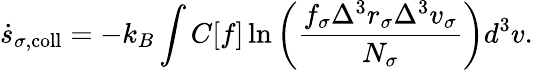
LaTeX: \dot{s}_{\sigma,\mathrm{coll}}=-k_{B}\int C[f]\ln\left(\frac{f_{\sigma}\Delta^{3}r_{\sigma}\Delta^{3}v_{\sigma}}{N_{\sigma}}\right)d^{3}v.